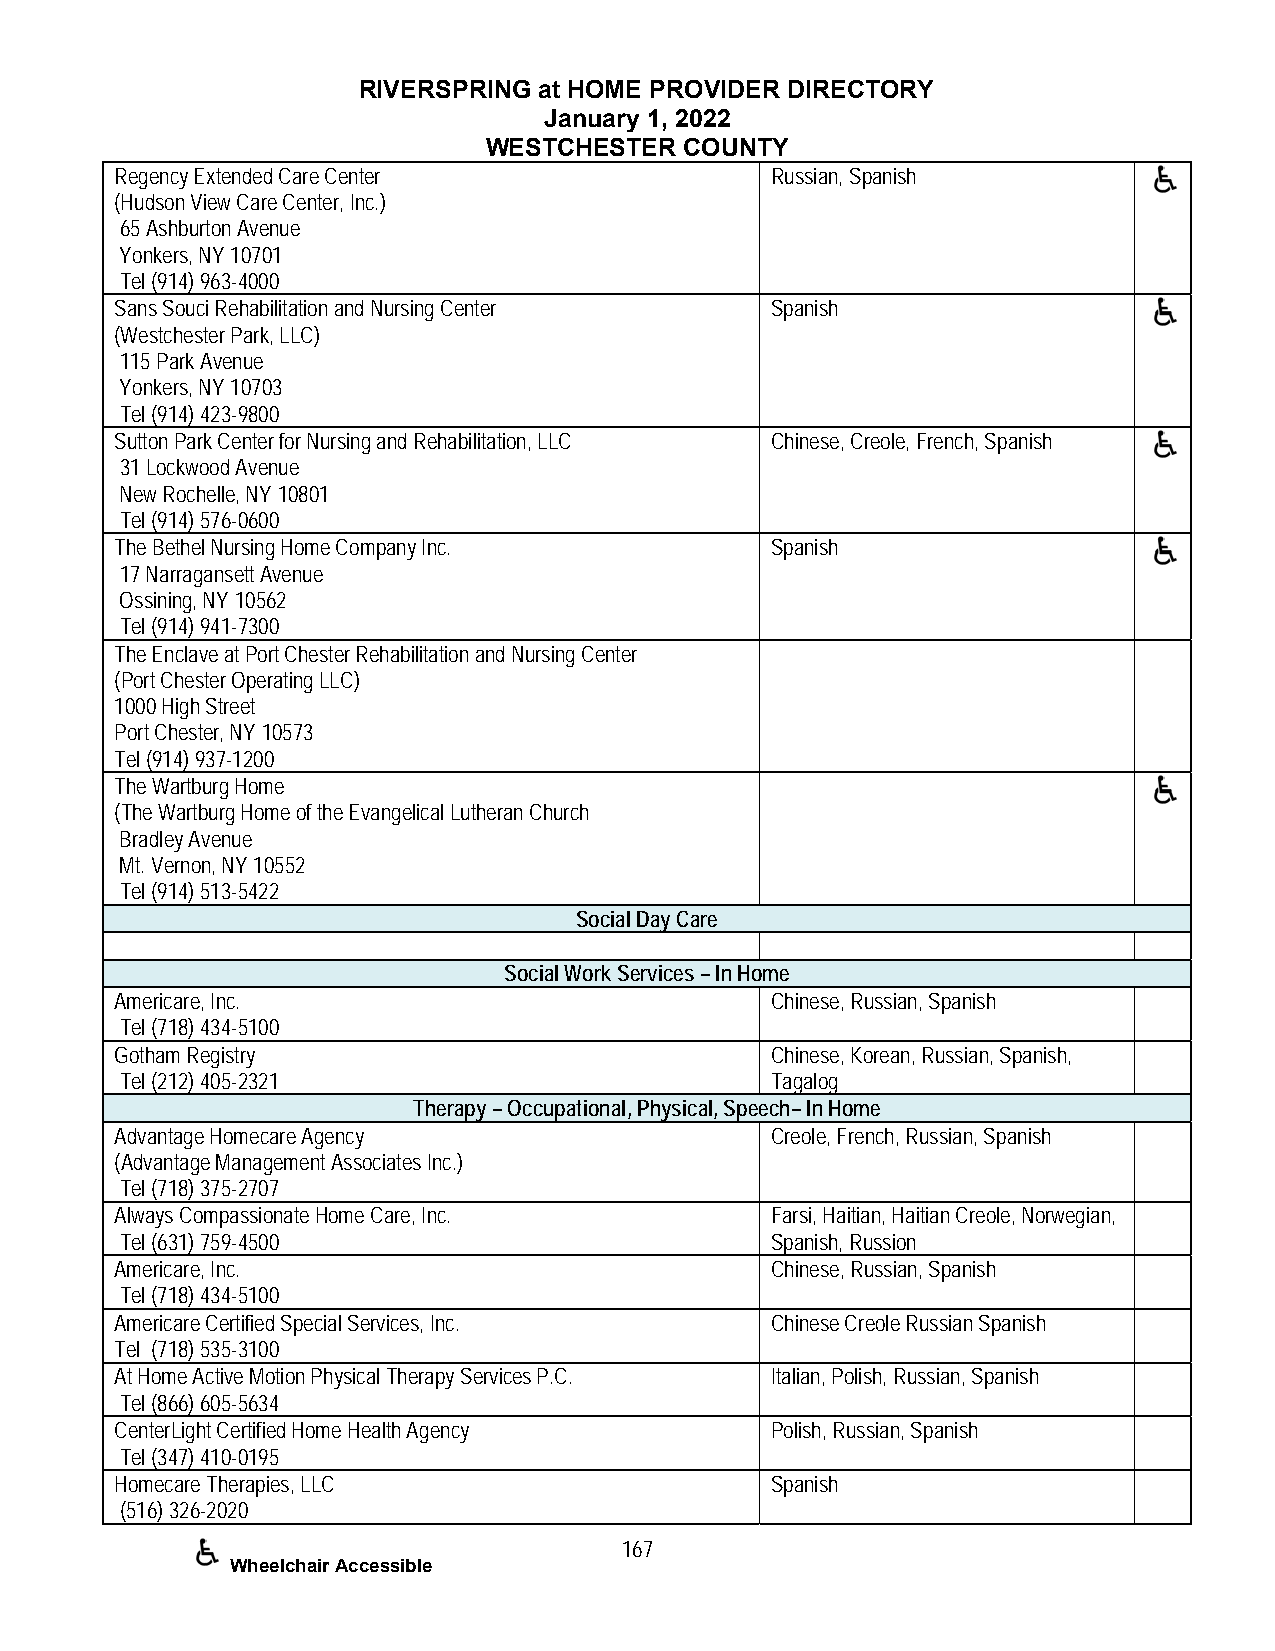
RIVERSPRING at HOME PROVIDER DIRECTORY
 January 1, 2022
 WESTCHESTER  COUNTY
 Regency Extended Care Center               Russian, Spanish
 (Hudson View Care Center, Inc.)
 65 Ashburton Avenue
 Yonkers, NY 10701
 Tel (914) 963-4000
 Sans Souci Rehabilitation and Nursing Center Spanish
 (Westchester Park, LLC)
 115 Park Avenue
 Yonkers, NY 10703
 Tel (914) 423-9800
 Sutton Park Center for Nursing and Rehabilitation, LLC Chinese, Creole, French, Spanish
 31 Lockwood Avenue
 New Rochelle, NY 10801
 Tel (914) 576-0600
 The Bethel Nursing Home Company Inc.       Spanish
 17 Narragansett Avenue
 Ossining, NY 10562
 Tel (914) 941-7300
 The Enclave at Port Chester Rehabilitation and Nursing Center
 (Port Chester Operating LLC)
 1000 High Street
 Port Chester, NY 10573
 Tel (914) 937-1200
 The Wartburg Home
 (The Wartburg Home of the Evangelical Lutheran Church
 Bradley Avenue
 Mt. Vernon, NY 10552
 Tel (914) 513-5422
 Social Day Care
 Social Work Services – In Home
 Americare, Inc.                            Chinese, Russian, Spanish
 Tel (718) 434-5100
 Gotham Registry                            Chinese, Korean, Russian, Spanish,
 Tel (212) 405-2321                         Tagalog
 Therapy – Occupational, Physical, Speech– In Home
 Advantage Homecare Agency                  Creole, French, Russian, Spanish
 (Advantage Management Associates Inc.)
 Tel (718) 375-2707
 Always Compassionate Home Care, Inc.       Farsi, Haitian, Haitian Creole, Norwegian,
 Tel (631) 759-4500                         Spanish, Russion
 Americare, Inc.                            Chinese, Russian, Spanish
 Tel (718) 434-5100
 Americare Certified Special Services, Inc. Chinese Creole Russian Spanish
 Tel (718) 535-3100
 At Home Active Motion Physical Therapy Services P.C. Italian, Polish, Russian, Spanish
 Tel (866) 605-5634
 CenterLight Certified Home Health Agency   Polish, Russian, Spanish
 Tel (347) 410-0195
 Homecare Therapies, LLC                    Spanish
 (516) 326-2020
 167
 Wheelchair Accessible